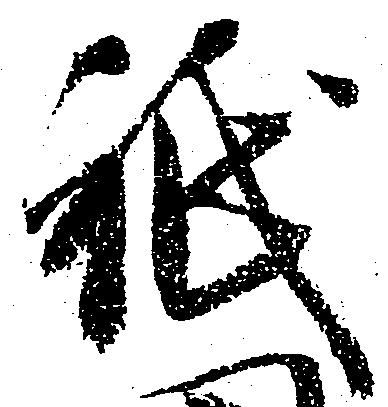
祇